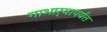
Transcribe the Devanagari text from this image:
गाभार्‍यापर्यंत